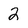
Character: 2